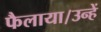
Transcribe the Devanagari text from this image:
फैलाया।उन्हें